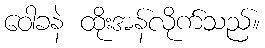
ဝေါခနဲ ထိုးအန်လိုက်သည်။